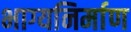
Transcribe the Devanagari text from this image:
भाग्यनिर्माण